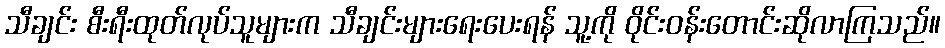
သီချင်း စီးရီးထုတ်လုပ်သူများက သီချင်းများရေးပေးရန် သူ့ကို ဝိုင်းဝန်းတောင်းဆိုလာကြသည်။